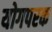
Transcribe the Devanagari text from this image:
योगपरक